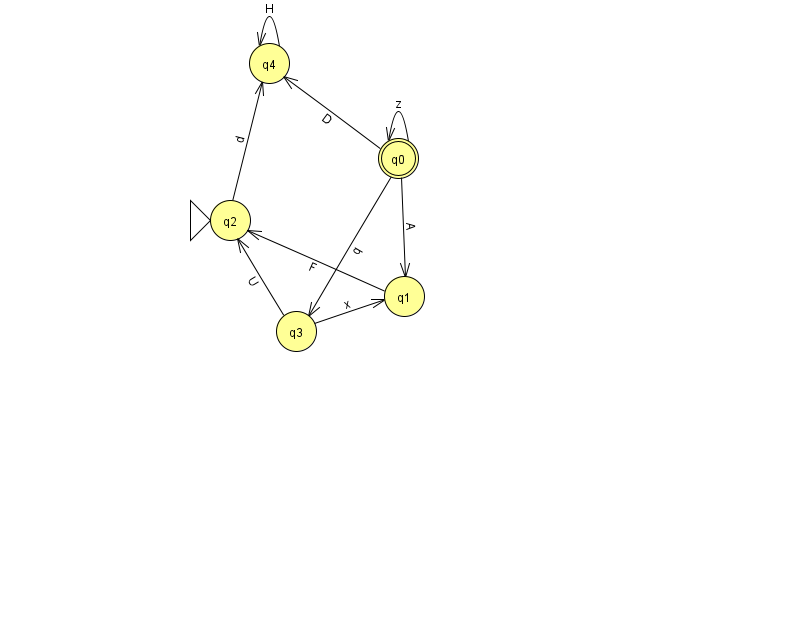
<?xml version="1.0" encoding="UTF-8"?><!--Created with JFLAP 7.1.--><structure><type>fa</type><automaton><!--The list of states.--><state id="0" name="q0"><x>398.0</x><y>145.0</y><final/></state><state id="1" name="q1"><x>404.0</x><y>283.0</y></state><state id="2" name="q2"><x>230.0</x><y>207.0</y><initial/></state><state id="3" name="q3"><x>296.0</x><y>318.0</y></state><state id="4" name="q4"><x>269.0</x><y>50.0</y></state><!--The list of transitions.--><transition><from>0</from><to>4</to><read>D</read></transition><transition><from>0</from><to>3</to><read>q</read></transition><transition><from>1</from><to>2</to><read>F</read></transition><transition><from>3</from><to>1</to><read>x</read></transition><transition><from>0</from><to>1</to><read>A</read></transition><transition><from>4</from><to>4</to><read>H</read></transition><transition><from>0</from><to>0</to><read>z</read></transition><transition><from>3</from><to>2</to><read>U</read></transition><transition><from>2</from><to>4</to><read>d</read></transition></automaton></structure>